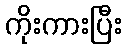
ကိုးကားပြီး